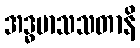
အဒ္ဓမာသသတာနိ